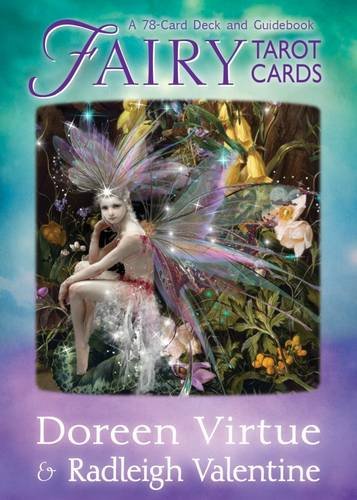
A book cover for Fairy Tarot Cards: A 78-Card Deck and Guidebook; Doreen Virtue; Religion & Spirituality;